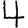
Digit: 4